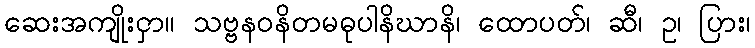
ဆေးအကျိုးငှာ။ သဗ္ဗနဝနိတမဓုပါနိဃာနိ၊ ထောပတ်၊ ဆီ၊ ဥ၊ ပြား၊